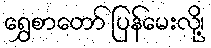
ရွှေစာတော် ပြန်မေးလို့၊